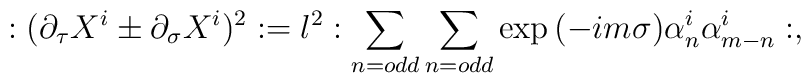
:(\partial_{\tau}X^{i} \pm \partial_{\sigma}X^{i})^{2}:=l^{2} :\sum_{n=odd}\sum_{n=odd} \exp{(-im\sigma)} \alpha_n^{i}\alpha_{m-n}^{i}:,